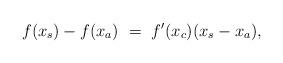
LaTeX: \begin{align*} f(x_s) - f(x_a) \ = \ f'(x_c) (x_s - x_a), \end{align*}